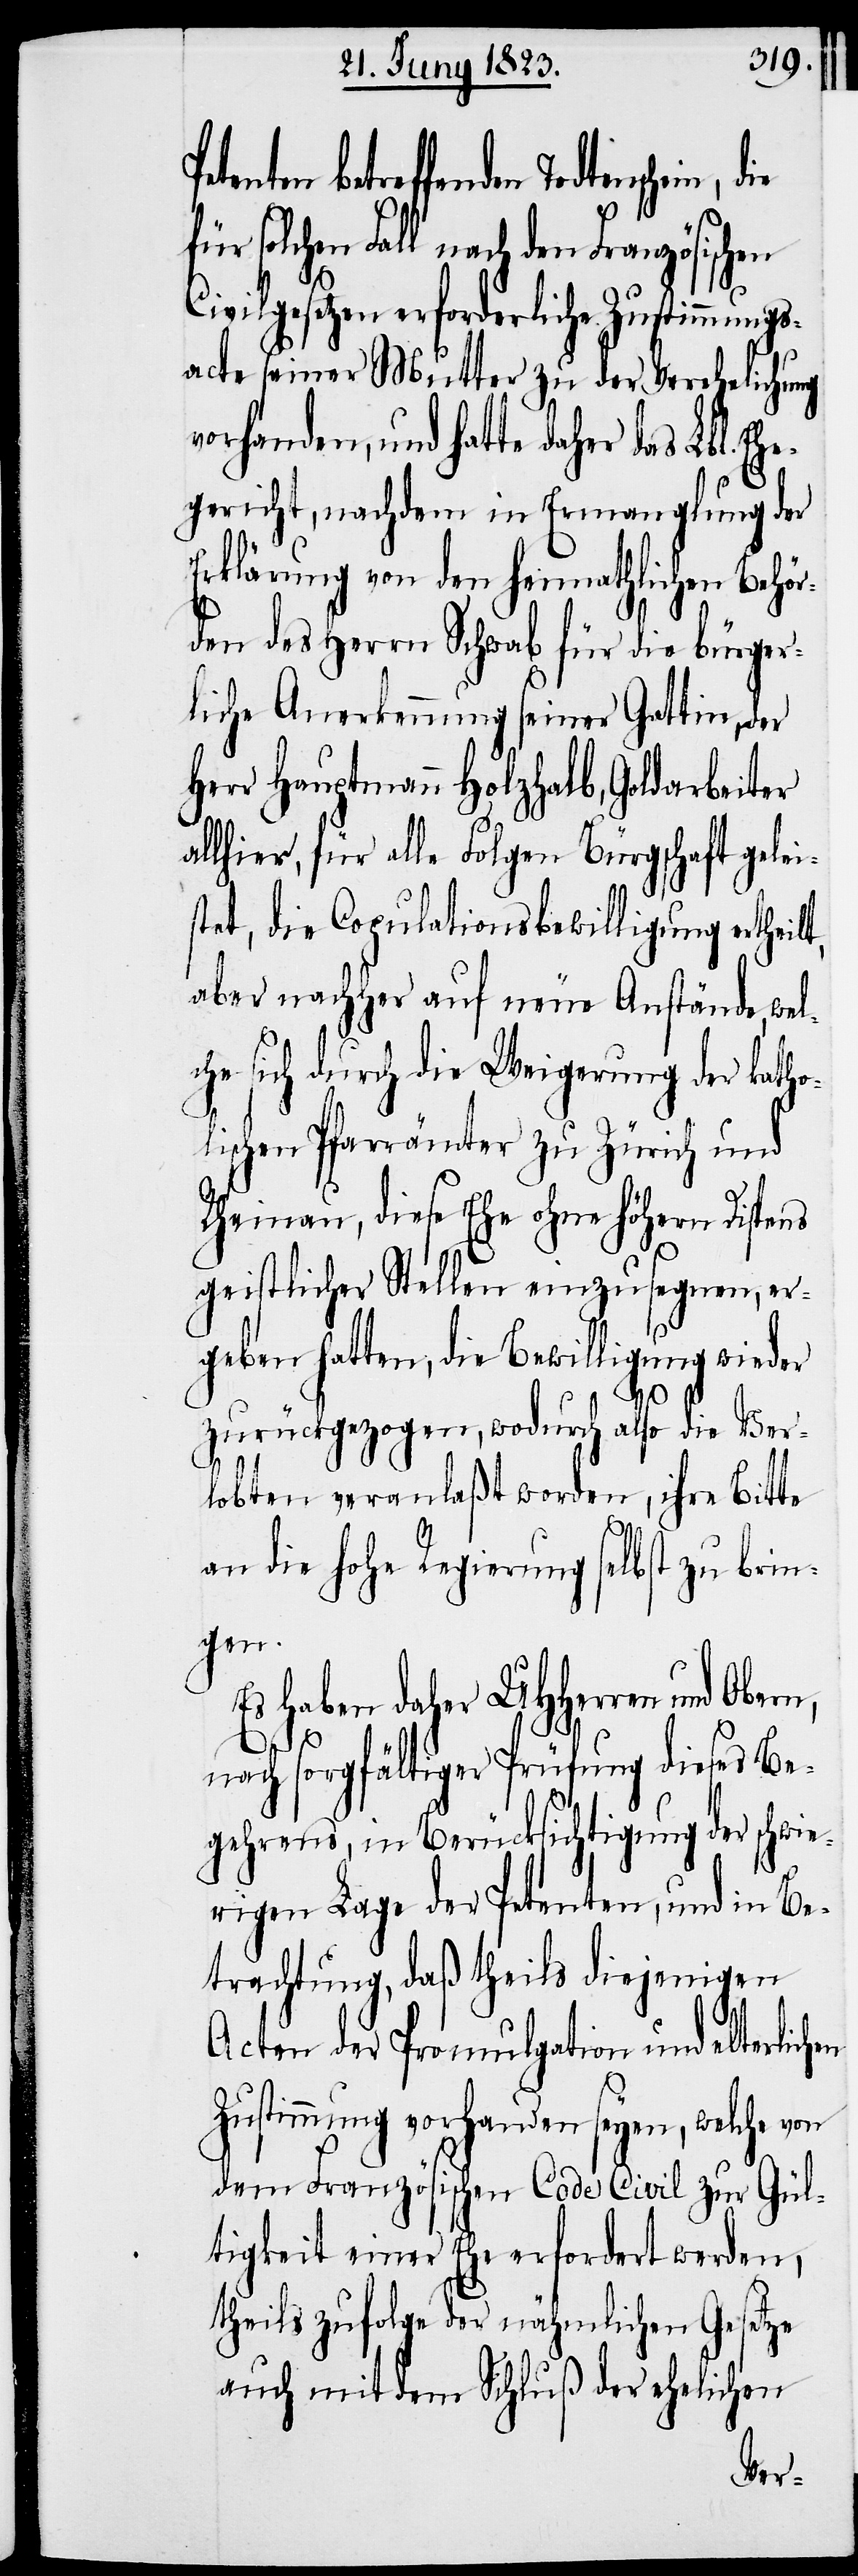
tenten betreffenden Todtenschein,
solchen Fall nach den Französischen
Civilgesetzen erforderliche Zustimmungs¬
acte seiner Mutter zu der Verehelichung
vorhanden, und hatte daher das Lbl. Eh¬
egericht, nachdem in Ermanglung der
Erklärung von den heimathlichen Behör¬
den des Herrn Schwab für die bürger¬
liche Anerkennung seiner Gattin, der
Herr Hauptmann Holzhalb, Goldarbeiter
lhier, für alle Folgen Bürgschaft gelei¬
stet, die Copulationsbewilligung ertheil¬
aber nachher auf neue Anstände, wel¬
che sich durch die Weigerung der katho¬
lischen Pfarrämter zu Zürich und
Rheinau, diese Ehe ohne höhern Dispens
geistlicher Stellen einzusegnen, er¬
geben hatten, die Bewilligung wieder
zurückgezogen, wodurch also die Ver¬
lobten veranlaßt worden, ihre Bitte
an die hohe Regierung selbst zu brin¬
gen.
Es haben daher UHHerren und Obern,
en
nach sorgfältiger Prüfung dieses Be¬
gehrens, in Berücksichtigung der schwie¬
rigen Lage der Petenten, und in Be¬
trachtung, daß theils diejenigen
Acten der Promulgation und elterlich¬
Zustimmung vorhanden seyen, welche von
dem Französischen Code Civil zur Gül¬
tigkeit einer Ehe erfordert werden,
theils zufolge der nähmlichen Gesetze
auch mit dem Schluß der ehelichen